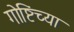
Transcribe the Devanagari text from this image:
गोष्टिंच्या